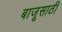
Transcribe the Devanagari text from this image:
बाजूसाठी